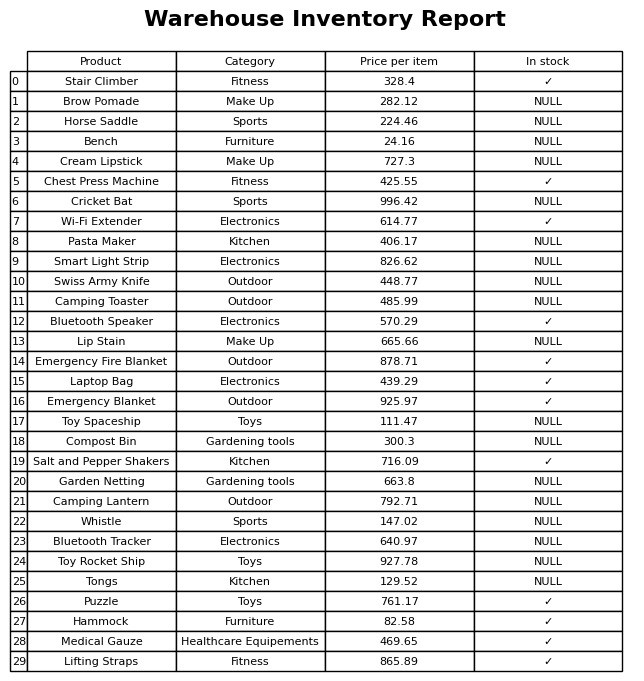
question: What category does the Horse Saddle belong to?
answer: Sports